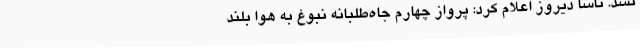
نشد. ناسا دیروز اعلام کرد: پرواز چهارم جاه‌طلبانه نبوغ به هوا بلند